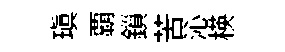
瑱覇鎻苦沁楧